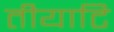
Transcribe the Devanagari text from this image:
तीयाटि